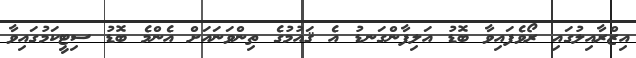
އިޒްރާއިލުގައި ރޯވެފައިވާ ބޮޑު އަލިފާންގަނޑު އެ ޤައުމުގެ ތިންވަނައަށް އެންމެ ބޮޑު ސިޓީކަމުގައިވާ